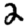
Digit: 2